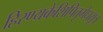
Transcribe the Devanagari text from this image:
हिरण्यकेशिपितृमेधसूत्र